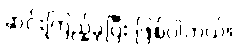
ဆင်းကြည့်ခဲ့ပြီး ဖြစ်ပါတယ်။